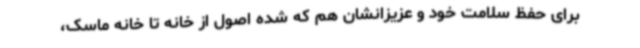
برای حفظ سلامت خود و عزیزانشان هم که شده اصول از خانه تا خانه ماسک،